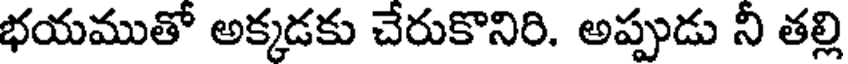
భయముతో అక్కడకు చేరుకొనిరి. అప్పుడు నీ తల్లి